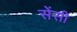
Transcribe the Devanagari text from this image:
सेंसी